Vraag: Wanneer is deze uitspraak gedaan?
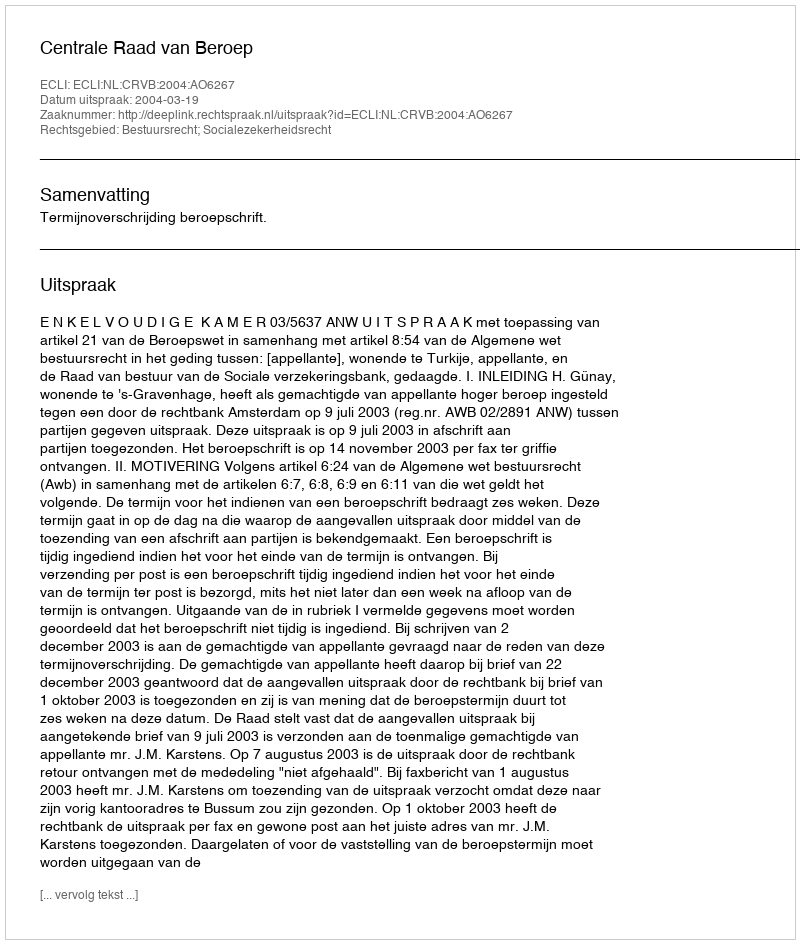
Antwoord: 2004-03-19